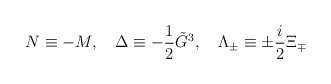
\begin{align*}N\equiv -M,\ \ \ \Delta \equiv -\frac 12\tilde{G}^3,\ \ \ \Lambda _{\pm}\equiv \pm \frac i2\Xi _{\mp } \end{align*}